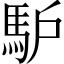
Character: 馿